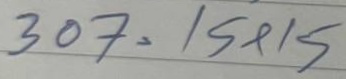
307 =15x15